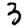
Digit: 3